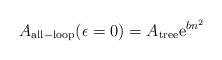
LaTeX: \begin{align*}A_{{\rm all-loop}}(\epsilon =0)=A_{{\rm tree}}{\rm e}^{bn^2}\end{align*}